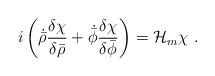
\begin{align*}i \left(\dot{\bar{\rho}}\frac{\delta \chi}{\delta \bar{\rho}}+ \dot{\bar{\phi}}\frac{\delta \chi}{\delta \bar{\phi}}\right)={\cal{H}}_m \chi \ .\end{align*}